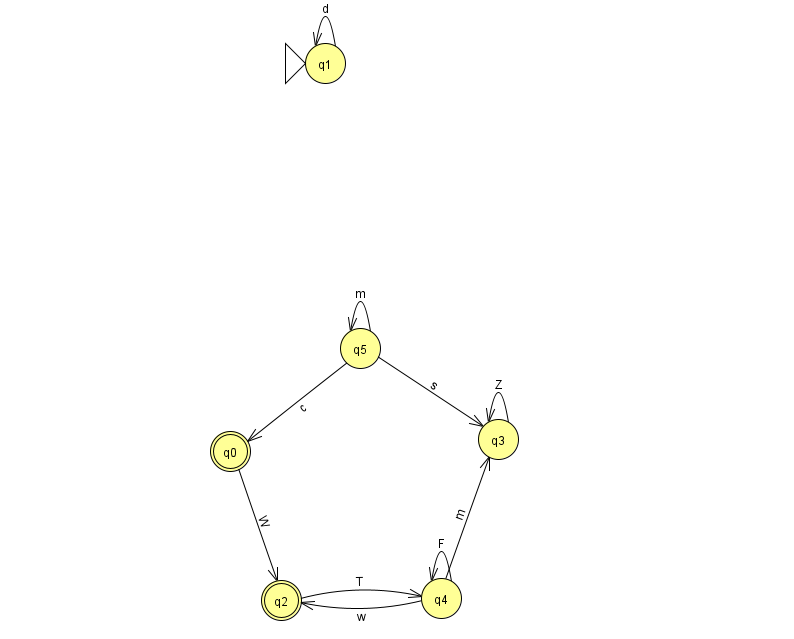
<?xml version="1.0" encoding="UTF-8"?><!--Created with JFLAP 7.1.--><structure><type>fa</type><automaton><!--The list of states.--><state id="0" name="q0"><x>230.0</x><y>438.0</y><final/></state><state id="1" name="q1"><x>325.0</x><y>50.0</y><initial/></state><state id="2" name="q2"><x>281.0</x><y>587.0</y><final/></state><state id="3" name="q3"><x>498.0</x><y>426.0</y></state><state id="4" name="q4"><x>441.0</x><y>585.0</y></state><state id="5" name="q5"><x>360.0</x><y>335.0</y></state><!--The list of transitions.--><transition><from>4</from><to>2</to><read>w</read></transition><transition><from>0</from><to>2</to><read>W</read></transition><transition><from>2</from><to>4</to><read>T</read></transition><transition><from>1</from><to>1</to><read>d</read></transition><transition><from>5</from><to>0</to><read>c</read></transition><transition><from>4</from><to>3</to><read>m</read></transition><transition><from>4</from><to>4</to><read>F</read></transition><transition><from>3</from><to>3</to><read>Z</read></transition><transition><from>5</from><to>3</to><read>s</read></transition><transition><from>5</from><to>5</to><read>m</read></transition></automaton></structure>